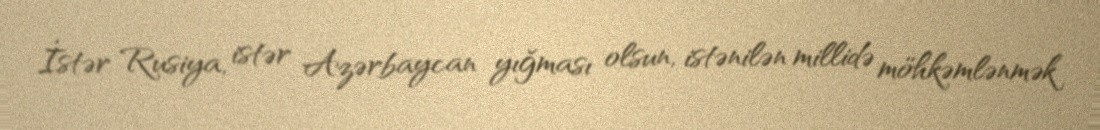
İstər Rusiya, istər Azərbaycan yığması olsun, istənilən millidə möhkəmlənmək